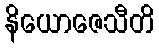
နိယောဇေသီတိ